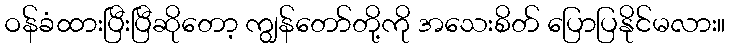
ဝန်ခံထားပြီးပြီဆိုတော့ ကျွန်တော်တို့ကို အသေးစိတ် ပြောပြနိုင်မလား။